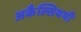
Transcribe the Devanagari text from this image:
अकैल्सियमी